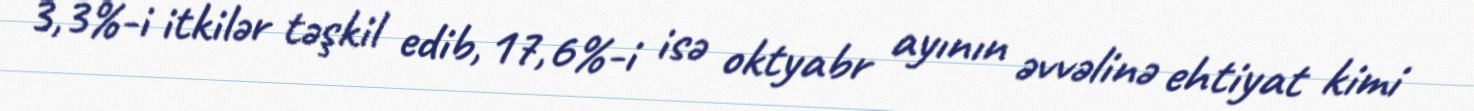
3,3%-i itkilər təşkil edib, 17,6%-i isə oktyabr ayının əvvəlinə ehtiyat kimi